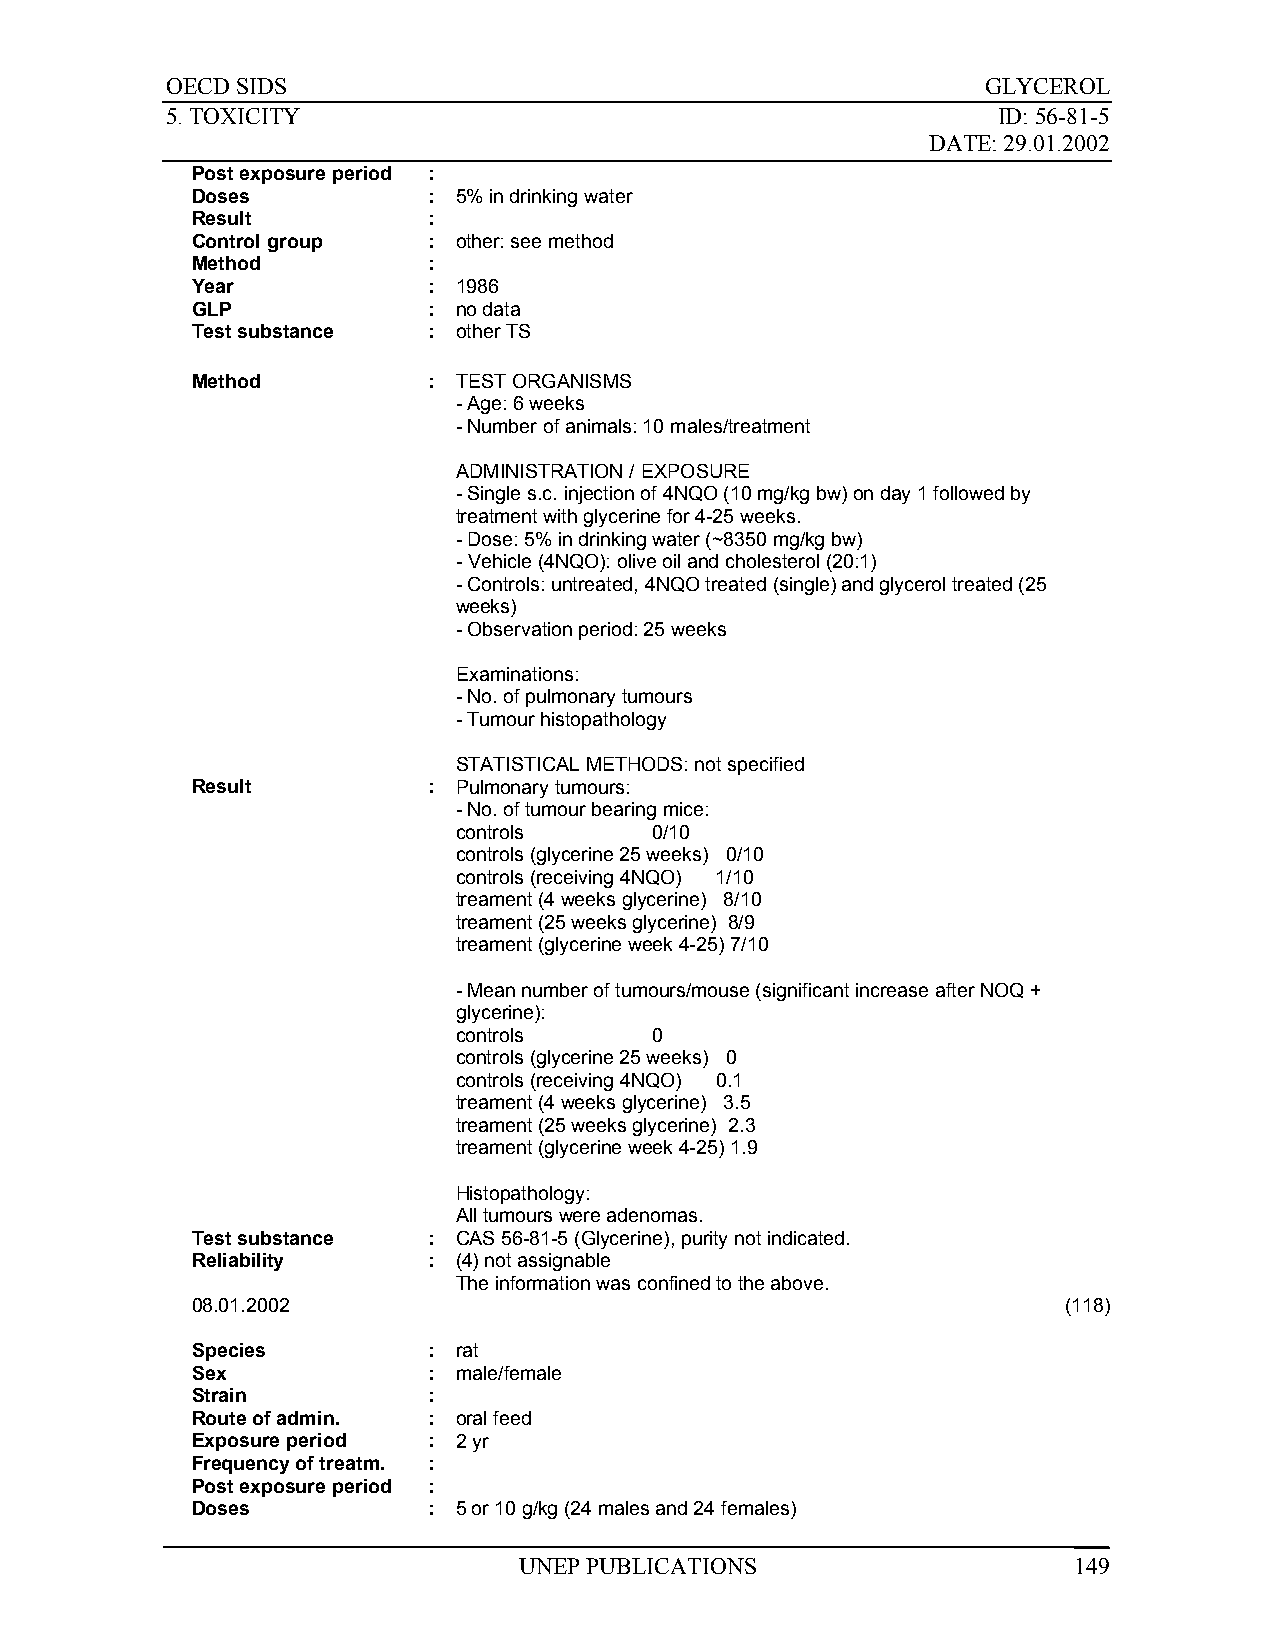
OECD SIDS                                             GLYCEROL
 5. TOXICITY                                            ID: 56-81-5
 DATE: 29.01.2002
 Post exposure period :
 Doses          : 5% in drinking water
 Result         :
 Control group  : other: see method
 Method         :
 Year           : 1986
 GLP            : no data
 Test substance : other TS
 Method         : TEST ORGANISMS
 - Age: 6 weeks
 - Number of animals: 10 males/treatment
 ADMINISTRATION / EXPOSURE
 - Single s.c. injection of 4NQO (10 mg/kg bw) on day 1 followed by
 treatment with glycerine for 4-25 weeks.
 - Dose: 5% in drinking water (~8350 mg/kg bw)
 - Vehicle (4NQO): olive oil and cholesterol (20:1)
 - Controls: untreated, 4NQO treated (single) and glycerol treated (25
 weeks)
 - Observation period: 25 weeks
 Examinations:
 - No. of pulmonary tumours
 - Tumour histopathology
 STATISTICAL METHODS: not specified
 Result         : Pulmonary tumours:
 - No. of tumour bearing mice:
 controls     0/10
 controls (glycerine 25 weeks) 0/10
 controls (receiving 4NQO) 1/10
 treament (4 weeks glycerine) 8/10
 treament (25 weeks glycerine) 8/9
 treament (glycerine week 4-25) 7/10
 - Mean number of tumours/mouse (significant increase after NOQ +
 glycerine):
 controls     0
 controls (glycerine 25 weeks) 0
 controls (receiving 4NQO) 0.1
 treament (4 weeks glycerine) 3.5
 treament (25 weeks glycerine) 2.3
 treament (glycerine week 4-25) 1.9
 Histopathology:
 All tumours were adenomas.
 Test substance : CAS 56-81-5 (Glycerine), purity not indicated.
 Reliability    : (4) not assignable
 The information was confined to the above.
 08.01.2002                                               (118)
 Species        : rat
 Sex            : male/female
 Strain         :
 Route of admin. : oral feed
 Exposure period : 2 yr
 Frequency of treatm. :
 Post exposure period :
 Doses          : 5 or 10 g/kg (24 males and 24 females)
 UNEP PUBLICATIONS                    149